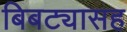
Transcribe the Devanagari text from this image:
बिबट्यासह